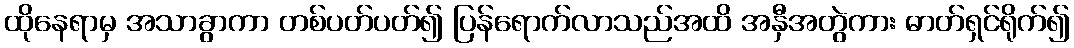
ထိုနေရာမှ အသာခွာကာ တစ်ပတ်ပတ်၍ ပြန်ရောက်လာသည်အထိ အနှီအတွဲကား ဓာတ်ရှင်ရိုက်၍